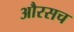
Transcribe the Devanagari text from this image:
औरसच